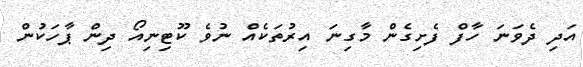
އަދި ދެވަނަ ހާފް ފެށިގެން މާގިނަ އިރުތަކެއް ނުވެ ކޫޓިނިއޯ ދިން ޕާހަކުން